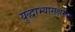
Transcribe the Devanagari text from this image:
युद्धाभ्यासक्षमता